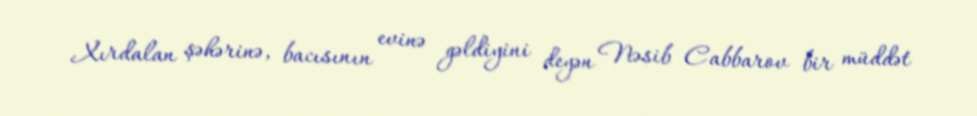
Xırdalan şəhərinə, bacısının evinə gəldiyini deyən Nəsib Cabbarov bir müddət